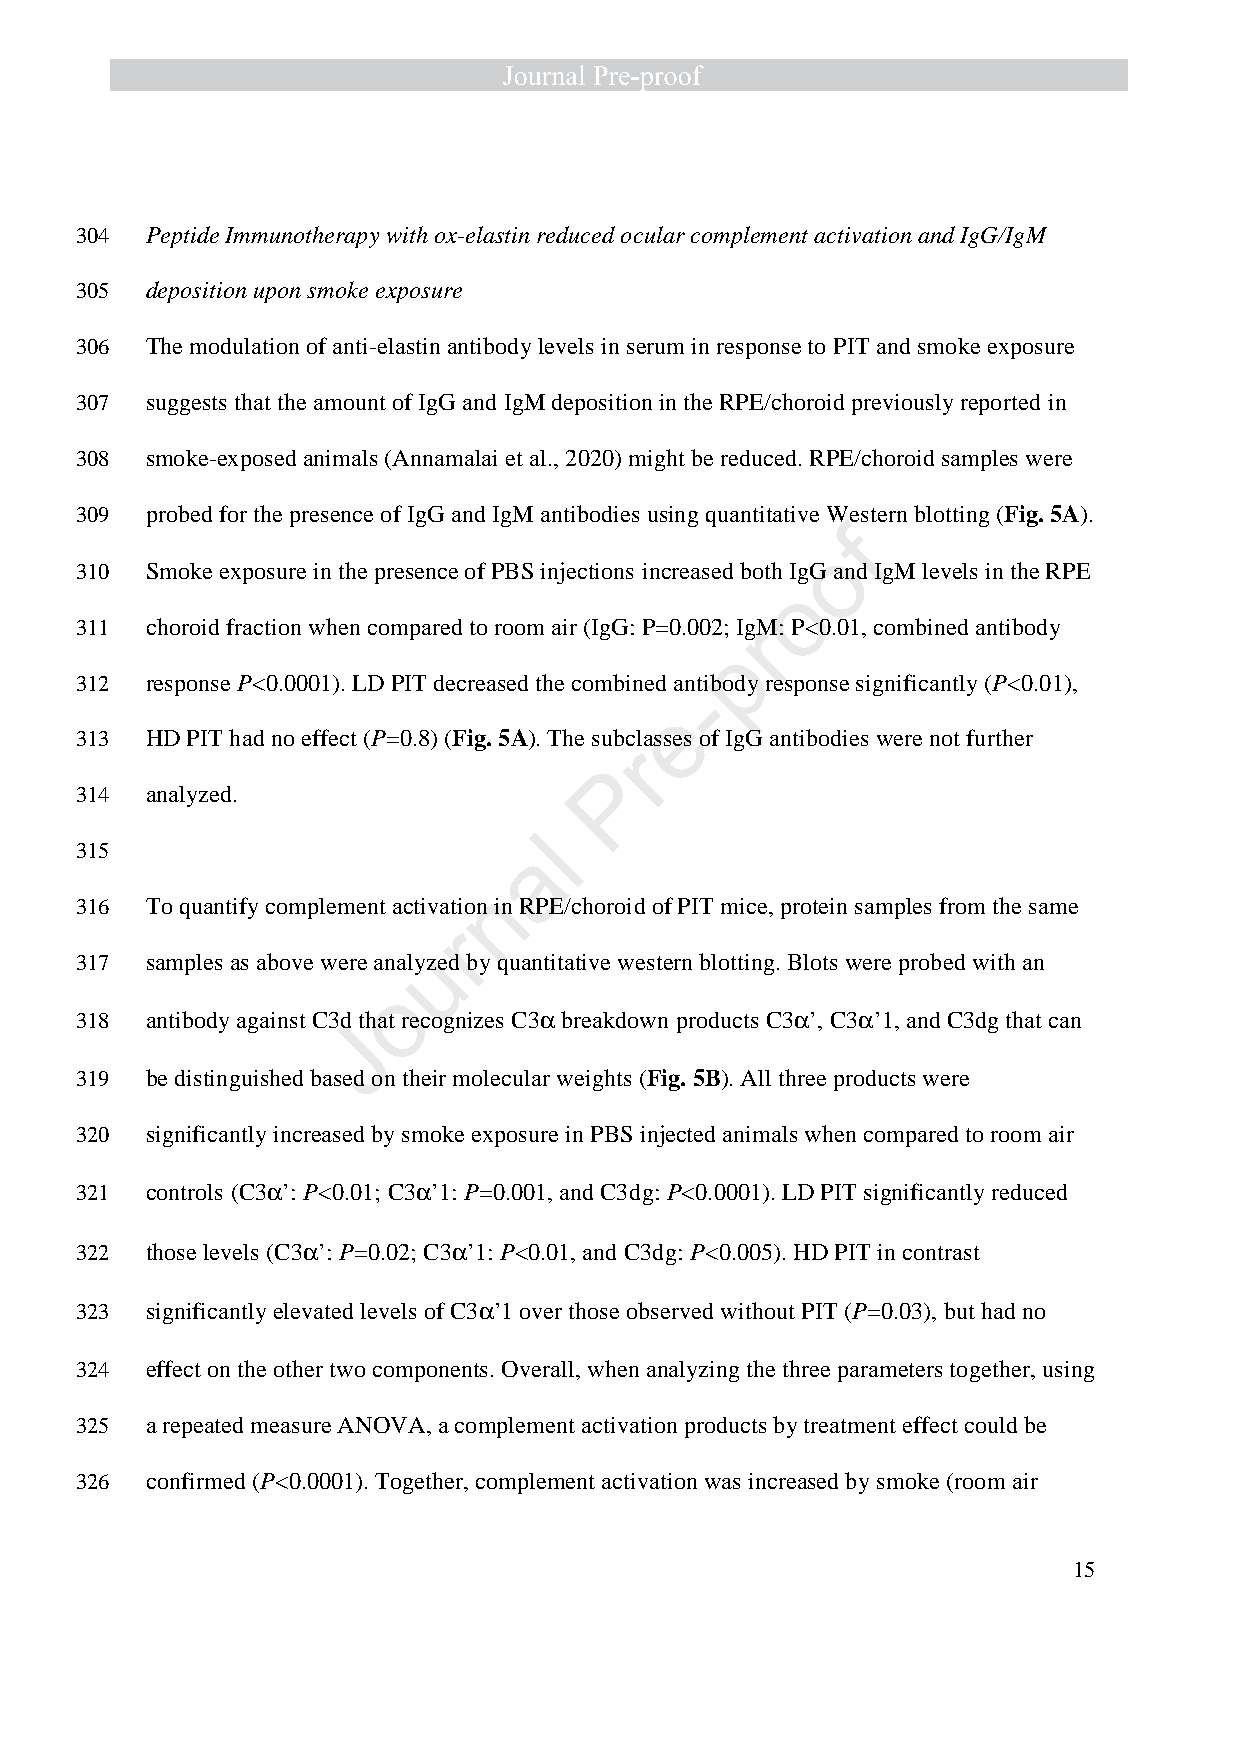
304  Peptide Immunotherapy with ox-elastin reduced ocular complement activation and IgG/IgM
 305  deposition upon smoke exposure
 306  The modulation of anti-elastin antibody levels in serum in response to PIT and smoke exposure
 307  suggests that the amount of IgG and IgM deposition in the RPE/choroid previously reported in
 308  smoke-exposed animals (Annamalai et al., 2020) might be reduced. RPE/choroid samples were
 309  probed for the presence of IgG and IgM antibodies using quantitative Western blotting (Fig. 5A).
 f
 o
 310  Smoke exposure in the presence of PBS injections increased both IgG and IgM levels in the RPE
 o
 311  choroid fraction when compared to room air (IgG: P=0.002; IgrM: P<0.01, combined antibody
 p
 312  response P<0.0001). LD PIT decreased the combined antibody response significantly (P<0.01),
 -
 e
 313  HD PIT had no effect (P=0.8) (Fig. 5A). The subclasses of IgG antibodies were not further
 r
 P
 314  analyzed.
 l
 315                           a
 n
 316  To quantify complement activation in RPE/choroid of PIT mice, protein samples from the same
 r
 u
 317  samples as above were analyzed by quantitative western blotting. Blots were probed with an
 o
 318  antibody against C3d that recognizes C3a breakdown products C3a ’, C3a ’1, and C3dg that can
 J
 319  be distinguished based on their molecular weights (Fig. 5B). All three products were
 320  significantly increased by smoke exposure in PBS injected animals when compared to room air
 321  controls (C3a ’: P<0.01; C3a ’1: P=0.001, and C3dg: P<0.0001). LD PIT significantly reduced
 322  those levels (C3a ’: P=0.02; C3a ’1: P<0.01, and C3dg: P<0.005). HD PIT in contrast
 323  significantly elevated levels of C3a ’1 over those observed without PIT (P=0.03), but had no
 324  effect on the other two components. Overall, when analyzing the three parameters together, using
 325  a repeated measure ANOVA, a complement activation products by treatment effect could be
 326  confirmed (P<0.0001). Together, complement activation was increased by smoke (room air
 15